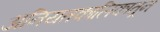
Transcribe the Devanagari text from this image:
अनियतकालिकातून